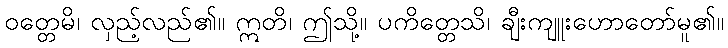
ဝတ္တေမိ၊ လှည့်လည်၏။ ဣတိ၊ ဤသို့။ ပကိတ္တေသိ၊ ချီးကျူးဟောတော်မူ၏။